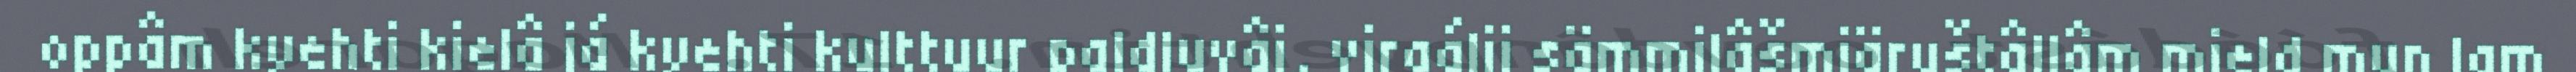
oppâm kyehti kielâ já kyehti kulttuur paldluvâi, virgálii sämmilâšmiäruštâllâm mield mun lam